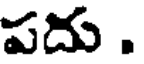
పదు .